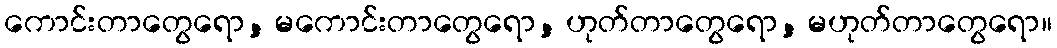
ကောင်းတာတွေရော, မကောင်းတာတွေရော, ဟုတ်တာတွေရော, မဟုတ်တာတွေရော။